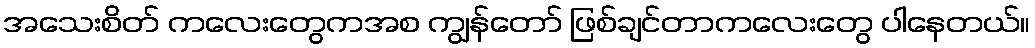
အသေးစိတ် ကလေးတွေကအစ ကျွန်တော် ဖြစ်ချင်တာကလေးတွေ ပါနေတယ်။